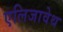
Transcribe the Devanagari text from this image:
एलिजावेथ